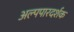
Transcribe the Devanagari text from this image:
अल्पपारदर्शक